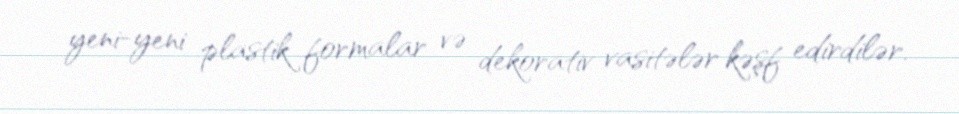
yeni-yeni plastik formalar və dekorativ vasitələr kəşf edirdilər.